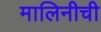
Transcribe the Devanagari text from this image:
मालिनीची